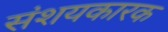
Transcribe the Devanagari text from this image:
संशयकारक